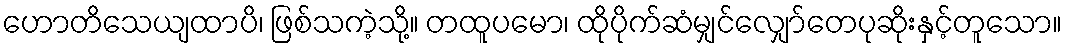
ဟောတိသေယျထာပိ၊ ဖြစ်သကဲ့သို့။ တထူပမော၊ ထိုပိုက်ဆံမျှင်လျှော်တေပုဆိုးနှင့်တူသော။